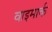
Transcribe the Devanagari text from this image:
वाइमार्क